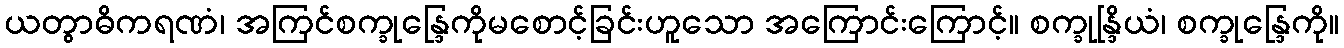
ယတွာဓိကရဏံ၊ အကြင်စက္ခုန္ဒြေကိုမစောင့်ခြင်းဟူသော အကြောင်းကြောင့်။ စက္ခုန္ဒြိယံ၊ စက္ခုန္ဒြေကို။